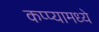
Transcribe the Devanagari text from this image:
कप्प्यामध्ये